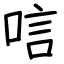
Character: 唁